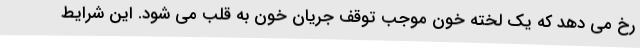
رخ می دهد که یک لخته خون موجب توقف جریان خون به قلب می شود. این شرایط